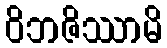
ဝိဘဇိဿာမိ